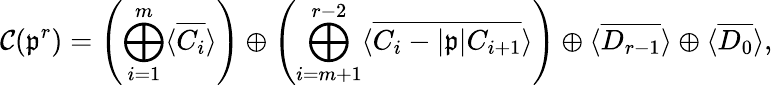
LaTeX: \mathcal{C}(\mathfrak{p}^{r})=\left(\bigoplus_{i=1}^{m}\langle\overline{{C_{i}}}\rangle\right)\oplus\left(\bigoplus_{i=m+1}^{r-2}\langle\overline{{C_{i}-|\mathfrak{p}|C_{i+1}}}\rangle\right)\oplus\langle\overline{{D_{r-1}}}\rangle\oplus\langle\overline{{D_{0}}}\rangle,